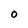
Character: 0